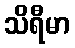
သိရီမာ